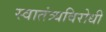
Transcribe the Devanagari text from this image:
स्वातंत्र्यविरोधी